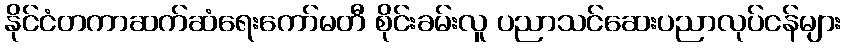
နိုင်ငံတကာဆက်ဆံရေးကော်မတီ စိုင်းခမ်းလူ ပညာသင်ဆေးပညာလုပ်ငန်များ